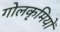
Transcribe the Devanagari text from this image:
गोलकृमियों